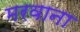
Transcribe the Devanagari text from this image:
मरवाना